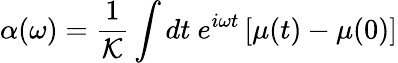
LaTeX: \alpha(\omega)=\frac{1}{\mathcal{K}}\int dt~e^{i\omega t}\left[\mu(t)-\mu(0)\right]